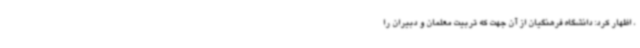
، اظهار کرد: دانشگاه فرهنگیان از آن جهت که تربیت معلمان و دبیران را